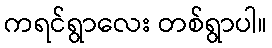
ကရင်ရွာလေး တစ်ရွာပါ။